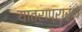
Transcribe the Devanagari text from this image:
यात्राप्रारंभ